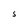
Character: S